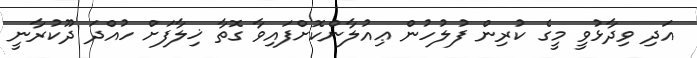
އަދި ވިދާޅުވީ މީގެ ކުރިން ފުލުހުން ޢިއުލާންކޮށްފައިވާ ގޮތާ ޚިލާފަށް ހުއްދަ ދޫކުރާނީ